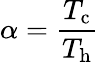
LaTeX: \alpha=\frac{T_{\mathrm{c}}}{T_{\mathrm{h}}}